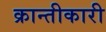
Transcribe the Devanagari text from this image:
क्रान्तीकारी